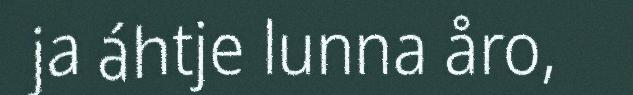
ja áhtje lunna åro,